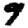
Digit: 9